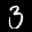
Label: 3